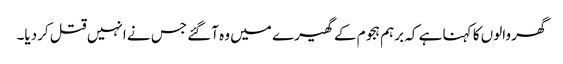
گھر والوں کا کہنا ہے کہ برہم ہجوم کے گھیرے میں وہ آگئے جس نے انہیں قتل کردیا۔